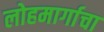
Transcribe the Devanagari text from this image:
लोहमार्गाचा